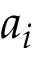
a _ { i }